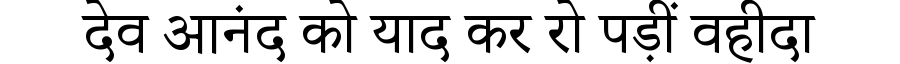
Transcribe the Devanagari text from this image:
देव आनंद को याद कर रो पड़ीं वहीदा